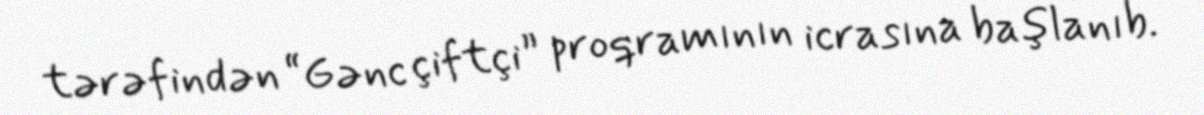
tərəfindən “Gənc çiftçi” proqramının icrasına başlanıb.